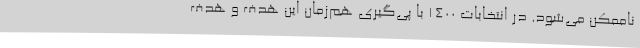
ناممکن می‌شود. در انتخابات ۱۴۰۰ با پی‌گیری هم‌زمان این هدف و هدف